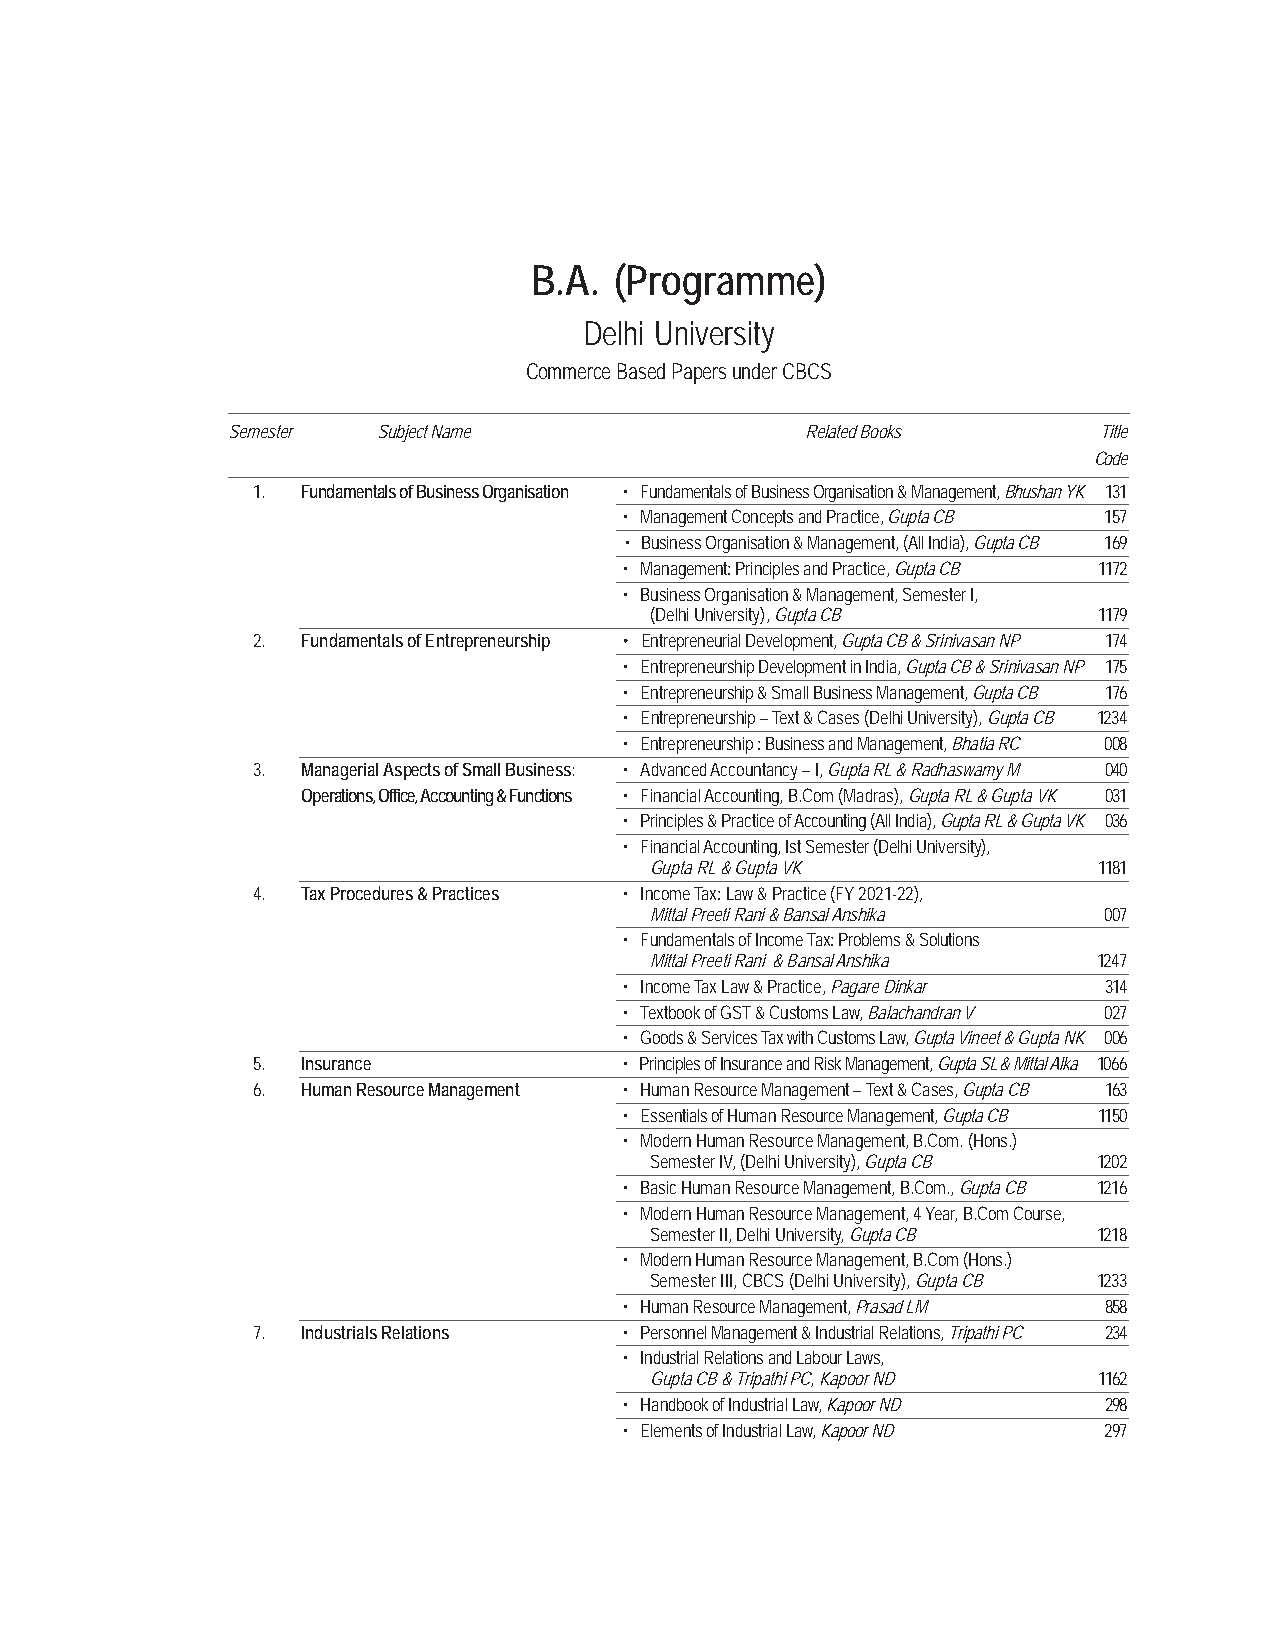
B.A.  (Programme)
 Delhi University
 Commerce Based Papers under CBCS
 Semester  Subject Name                Related Books       Title
 Code
 1. Fundamentals of Business Organisation • Fundamentals of Business Organisation & Management, Bhushan YK 131
 • Management Concepts and Practice, Gupta CB 157
 • Business Organisation & Management, (All India), Gupta CB 169
 • Management: Principles and Practice, Gupta CB 1172
 • Business Organisation & Management, Semester I,
 (Delhi University), Gupta CB  1179
 2. Fundamentals of Entrepreneurship • Entrepreneurial Development, Gupta CB & Srinivasan NP 174
 • Entrepreneurship Development in India, Gupta CB & Srinivasan NP 175
 • Entrepreneurship & Small Business Management, Gupta CB 176
 • Entrepreneurship – Text & Cases (Delhi University), Gupta CB 1234
 • Entrepreneurship : Business and Management, Bhatia RC 008
 3. Managerial Aspects of Small Business: • Advanced Accountancy – I, Gupta RL & Radhaswamy M 040
 Operations, Office, Accounting & Functions • Financial Accounting, B.Com (Madras), Gupta RL & Gupta VK 031
 • Principles & Practice of Accounting (All India), Gupta RL & Gupta VK 036
 • Financial Accounting, Ist Semester (Delhi University),
 Gupta RL & Gupta VK           1181
 4. Tax Procedures & Practices • Income Tax: Law & Practice (FY 2021-22),
 Mittal Preeti Rani & Bansal Anshika 007
 • Fundamentals of Income Tax: Problems & Solutions
 Mittal Preeti Rani & Bansal Anshika 1247
 • Income Tax Law & Practice, Pagare Dinkar 314
 • Textbook of GST & Customs Law, Balachandran V 027
 • Goods & Services Tax with Customs Law, Gupta Vineet & Gupta NK 006
 5. Insurance            • Principles of Insurance and Risk Management, Gupta SL & Mittal Alka 1066
 6. Human Resource Management • Human Resource Management – Text & Cases, Gupta CB 163
 • Essentials of Human Resource Management, Gupta CB 1150
 • Modern Human Resource Management, B.Com. (Hons.)
 Semester IV, (Delhi University), Gupta CB 1202
 • Basic Human Resource Management, B.Com., Gupta CB 1216
 • Modern Human Resource Management, 4 Year, B.Com Course,
 Semester II, Delhi University, Gupta CB 1218
 • Modern Human Resource Management, B.Com (Hons.)
 Semester III, CBCS (Delhi University), Gupta CB 1233
 • Human Resource Management, Prasad LM 858
 7. Industrials Relations • Personnel Management & Industrial Relations, Tripathi PC 234
 • Industrial Relations and Labour Laws,
 Gupta CB & Tripathi PC, Kapoor ND 1162
 • Handbook of Industrial Law, Kapoor ND 298
 • Elements of Industrial Law, Kapoor ND 297